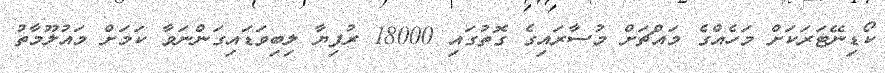
ކޯޑިނޭޓަރަކަށް މަހެއްގެ މައްޗަށް މުސާރައިގެ ގޮތުގައި 18000 ރުފިޔާ ލިބިވަޑައިގަންނަވާ ކަމަށް މައުލޫމާތު